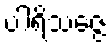
ပါရိသဇ္ဇေ